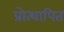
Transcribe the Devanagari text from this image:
प्रोत्थापित